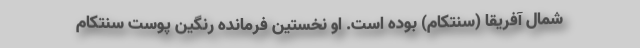
شمال آفریقا (سنتکام) بوده است. او نخستین فرمانده رنگین پوست سنتکام